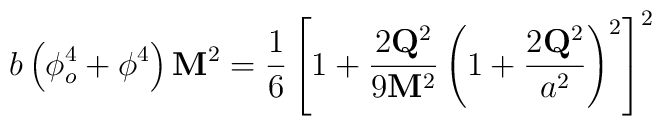
b \left( \phi_{o}^{4} + \phi^{4} \right) {\bf M}^{2} = \frac{1}{6} \left[1 +   \frac{2 {\bf Q}^{2}}{9 {\bf M}^{2}} \left( 1 + \frac{2 {\bf Q}^{2}}{a^{2}} \right)^{2}  \right]^{2}